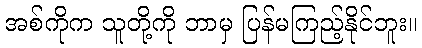
အစ်ကိုက သူတို့ကို ဘာမှ ပြန်မကြည့်နိုင်ဘူး။